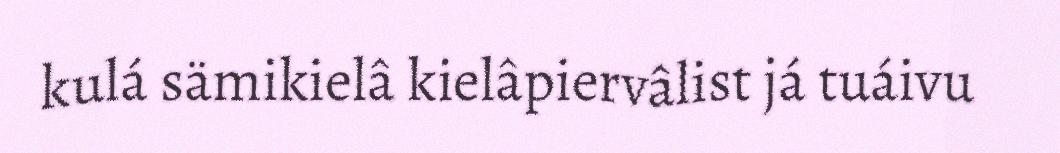
kulá sämikielâ kielâpiervâlist já tuáivu